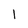
Character: 1